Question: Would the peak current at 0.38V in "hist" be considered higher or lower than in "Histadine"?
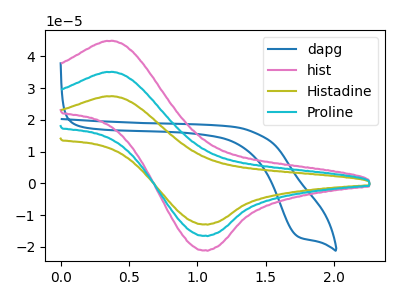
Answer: <think>The blue curve "dapg" has a cathodic peak at: (1.75V, -16.60uA). The pink curve "hist" has an anodic peak at (0.40V, 44.85uA) and a cathodic peak at (1.05V, -21.00uA). The olive curve "Histadine" has an anodic peak at (0.40V, 70.20uA) and a cathodic peak at (1.05V, -32.85uA). The cyan curve "Proline" has an anodic peak at (0.40V, 35.10uA) and a cathodic peak at (1.05V, -16.45uA).</think>
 <answer>The peak at 0.38V is lower in "hist" than in "Histadine".</answer>
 <eval>lower</eval>